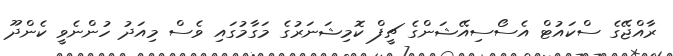
ރާއްޖޭގެ ސްކައުޓް އެސޯސިއޭޝަންގެ ޗީފް ކޮމިޝަނަރުގެ މަގާމުގައި ވެސް މިއަދު ހުންނެވީ ކެންދޫ